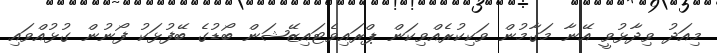
މިއަދު ވިދާޅުވީ އޭނާ މަގާމުން ވަކިކުރެއްވިކަން ޕްރައިވެޓައިޒޭޝަން ބޯޑުގެ ބޭފުޅަކު ފޯނުން ގުޅުއްވައި